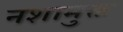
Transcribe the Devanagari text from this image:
नशामुक्त